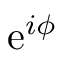
\mathrm { e } ^ { i \phi }